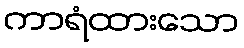
ကာရံထားသော